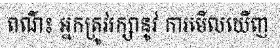
ពណ៌៖ អ្នកត្រូវរក្សានូវ ការមើលឃើញ